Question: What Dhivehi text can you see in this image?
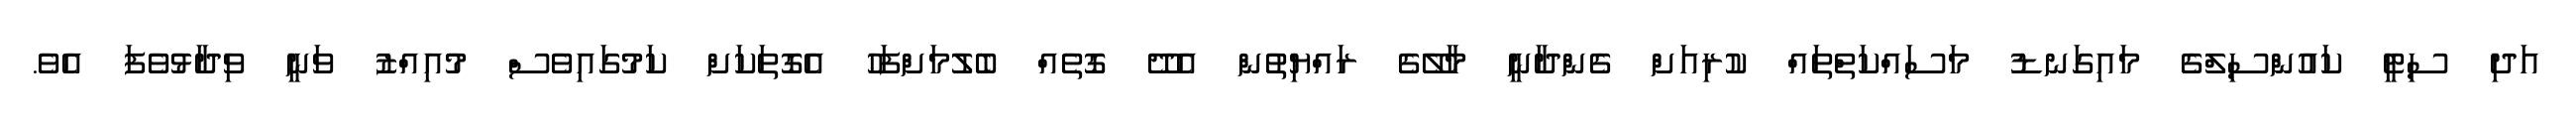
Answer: އަދި ސިޓީ ކައުންސިލްގެ މައިގަނޑު މަސައްކަތްތައް ކުރިއަށް ގެންދާނީ މާލޭގެ ރައްޔިތުން އެދޭ ގޮތެއް ބެލުމަށްފަހު އެގޮތަކަށް ކަމުގައިވެސް މުއިއްޒު ވަނީ ވިދާޅުވެފަ އެވެ.